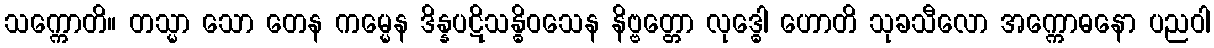
သက္ကောတိ။ တသ္မာ သော တေန ကမ္မေန ဒိန္နပဋိသန္ဓိဝသေန နိဗ္ဗတ္တော လုဒ္ဓေါ ဟောတိ သုခသီလော အက္ကောဓနော ပညဝါ